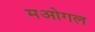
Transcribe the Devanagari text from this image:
मओगल